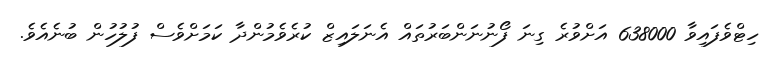
ހިޓްވެފައިވާ 638000 އަށްވުރެ ގިނަ ފޯނުނަންބަރުތައް އެނަލައިޒް ކުރެވެމުންދާ ކަމަށްވެސް ފުލުހުން ބުނެއެވެ.